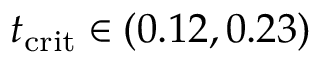
t _ { \mathrm { c r i t } } \in ( 0 . 1 2 , 0 . 2 3 )